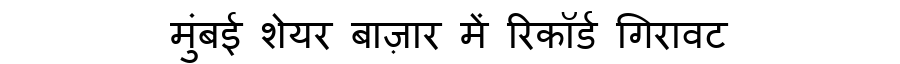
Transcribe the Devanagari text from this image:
मुंबई शेयर बाज़ार में रिकॉर्ड गिरावट